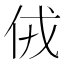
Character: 𠈋